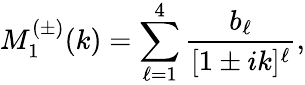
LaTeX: M_{1}^{(\pm)}(k)=\sum_{\ell=1}^{4}\frac{b_{\ell}}{[1\pm ik]^{\ell}},